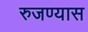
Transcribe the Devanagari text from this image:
रुजण्यास